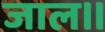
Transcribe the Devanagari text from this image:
जाल॥